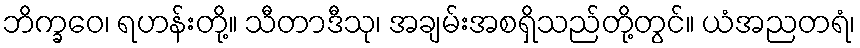
ဘိက္ခဝေ၊ ရဟန်းတို့။ သီတာဒီသု၊ အချမ်းအစရှိသည်တို့တွင်။ ယံအညတရံ၊